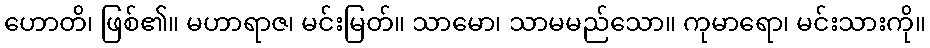
ဟောတိ၊ ဖြစ်၏။ မဟာရာဇ၊ မင်းမြတ်။ သာမော၊ သာမမည်သော။ ကုမာရော၊ မင်းသားကို။